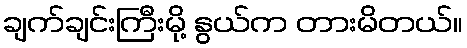
ချက်ချင်းကြီးမို့ နွယ်က တားမိတယ်။